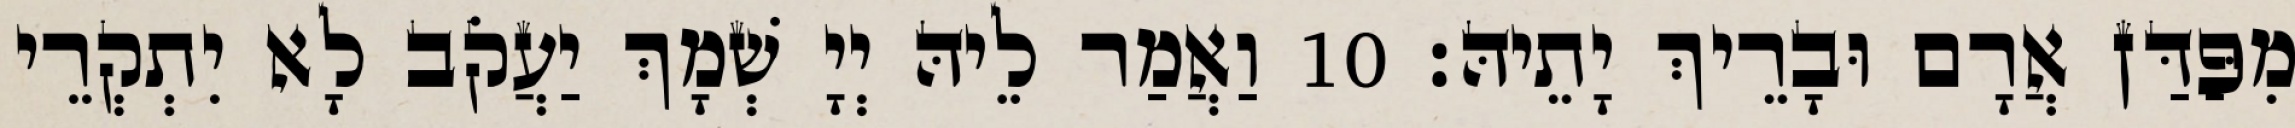
מִפַּדַּן אֲרָם וּבָרֵיךְ יָתֵיהּ׃ 10 וַאֲמַר לֵיהּ יְיָ שְׁמָךְ יַעֲקֹב לָא יִתְקְרֵי